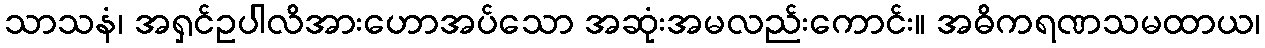
သာသနံ၊ အရှင်ဥပါလိအားဟောအပ်သော အဆုံးအမလည်းကောင်း။ အဓိကရဏသမထာယ၊